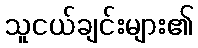
သူငယ်ချင်းများ၏